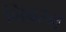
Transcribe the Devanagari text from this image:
निबरन